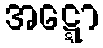
အဋ္ဋော